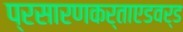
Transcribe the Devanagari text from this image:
प्रसारणकर्ताएडवर्ड